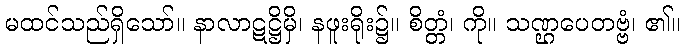
မထင်သည်ရှိသော်။ နာလာဋဋ္ဌိမှိ၊ နဖူးရိုး၌။ စိတ္တံ၊ ကို။ သဏ္ဌပေတဗ္ဗံ၊ ၏။